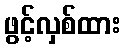
ဖွင့်လှစ်ထား